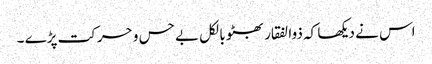
اس نے دیکھا کہ ذوالفقار بھٹو بالکل بے حس و حرکت پڑے ۔